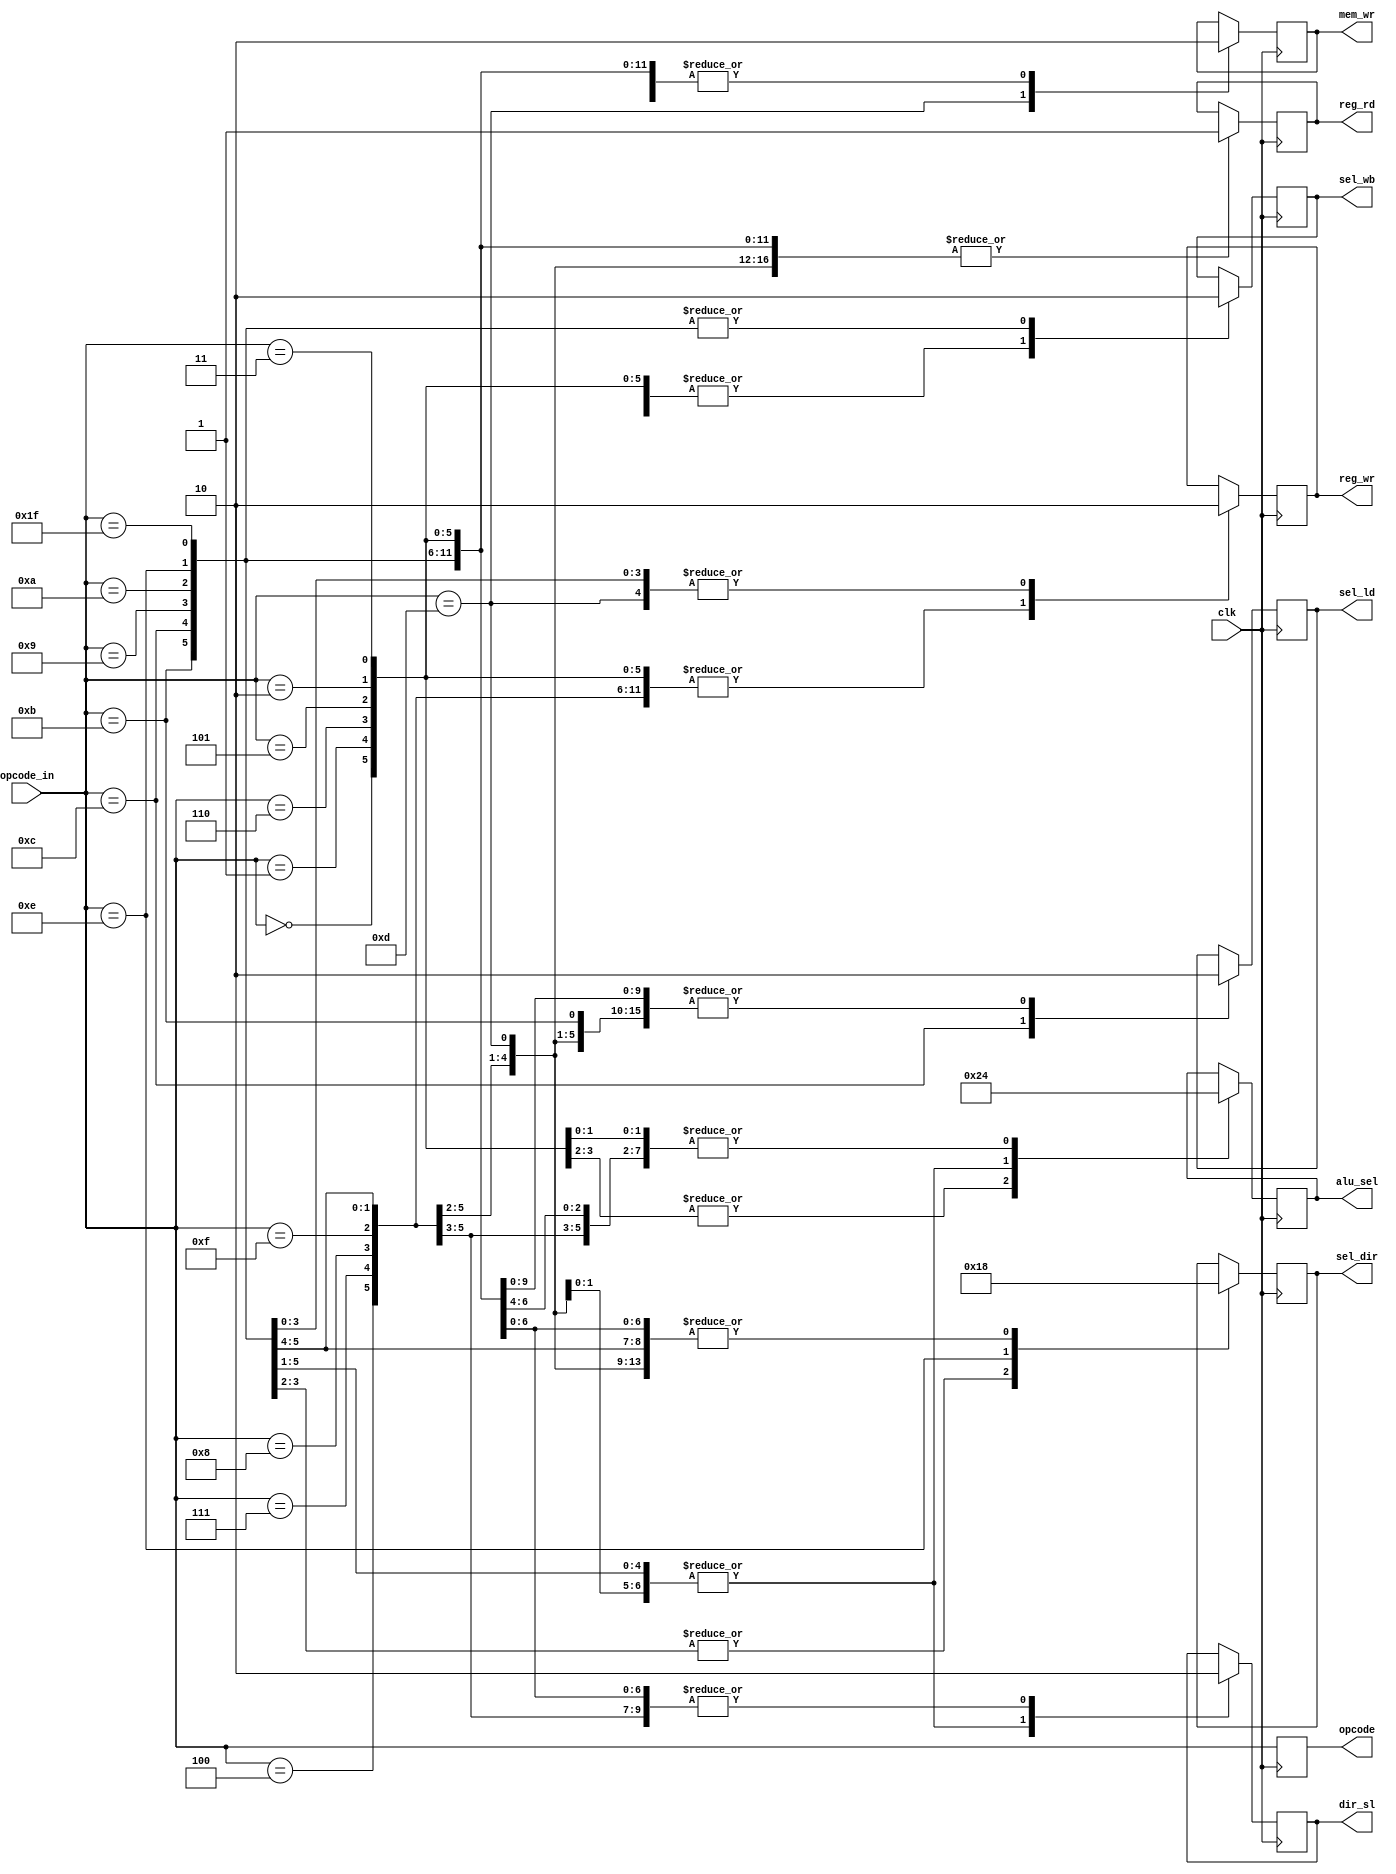
module control (clk,opcode_in,
					 sel_dir,//FETCH
					 reg_rd, //DECODE
					 alu_sel,dir_sl,opcode, //EXE
					 mem_wr,sel_ld, //MEM
					 sel_wb,reg_wr //WB
					 ); 

input clk;
input wire [4:0] opcode_in;
output reg [1:0] sel_dir=0;
output reg reg_rd=0;
output reg [1:0] alu_sel=0;
output reg dir_sl=0;
output reg [4:0] opcode=5'b11111;
output reg mem_wr=0;
output reg sel_ld=0;
output reg sel_wb=0;
output reg reg_wr=0;
					 


parameter ADD= 5'b00000;
parameter SUB=	5'b00001;
parameter SRL=	5'b00110;
parameter SLL=	5'b00101;
parameter AND=	5'b00010;
parameter OR= 	5'b00011;
parameter NOR=	5'b00100;
parameter MULT=5'b00111;
parameter DIV=	5'b01000;
parameter ADDI=5'b01111;
parameter SW=	5'b01101;
parameter LW=	5'b01011;
parameter LB=	5'b01100;
parameter BEQ=	5'b01001;
parameter BNE= 5'b01010;
parameter J=	5'b01110;
parameter NOP=	5'b11111;
			 

always @(posedge clk)
begin
 case (opcode_in)
 
			 ADD: begin
				sel_dir=2'b00;
				reg_rd=1;
				alu_sel=2'b00;
				dir_sl=0;
				mem_wr=0;
				sel_ld=0;
				sel_wb=1;
				reg_wr=1;
				end
			 SUB:begin
				sel_dir=2'b00;
				reg_rd=1;
				alu_sel=2'b00;
				dir_sl=0;
				mem_wr=0;
				sel_ld=0;
				sel_wb=1;
				reg_wr=1;
				end
			 SRL:begin
				sel_dir=2'b00;
				reg_rd=1;
				alu_sel=2'b10;
				dir_sl=0;
				mem_wr=0;
				sel_ld=0;
				sel_wb=1;
				reg_wr=1;
				end
			 SLL:begin
				sel_dir=2'b00;
				reg_rd=1;
				alu_sel=2'b10;
				dir_sl=0;
				mem_wr=0;
				sel_ld=0;
				sel_wb=1;
				reg_wr=1;
				end
			 AND:begin
				sel_dir=2'b00;
				reg_rd=1;
				alu_sel=2'b00;
				dir_sl=0;
				mem_wr=0;
				sel_ld=0;
				sel_wb=1;
				reg_wr=1;
				end
			 OR:begin
				sel_dir=2'b00;
				reg_rd=1;
				alu_sel=2'b00;
				dir_sl=0;
				mem_wr=0;
				sel_ld=0;
				sel_wb=1;
				reg_wr=1;
				end
			 NOR:begin
				sel_dir=2'b00;
				reg_rd=1;
				alu_sel=2'b00;
				dir_sl=0;
				mem_wr=0;
				sel_ld=0;
				sel_wb=1;
				reg_wr=1;
				end
			 MULT:begin
				sel_dir=2'b00;
				reg_rd=1;
				alu_sel=2'b00;
				dir_sl=0;
				mem_wr=0;
				sel_ld=0;
				sel_wb=1;
				reg_wr=1;
				end
			 DIV:begin
				sel_dir=2'b00;
				reg_rd=1;
				alu_sel=2'b00;
				dir_sl=0;
				mem_wr=0;
				sel_ld=0;
				sel_wb=1;
				reg_wr=1;
				end
			 ADDI:begin
				sel_dir=2'b00;
				reg_rd=1;
				alu_sel=2'b01;
				dir_sl=1;
				mem_wr=0;
				sel_ld=0;
				sel_wb=1;
				reg_wr=1;
				end
			 SW:begin
				sel_dir=2'b00;
				reg_rd=1;
				alu_sel=2'b01;
				dir_sl=1;
				mem_wr=1;
				sel_ld=0;
				sel_wb=1;
				reg_wr=0;
				end
			 LW:begin
				sel_dir=2'b00;
				reg_rd=1;
				alu_sel=2'b01;
				dir_sl=1;
				mem_wr=0;
				sel_ld=0;
				sel_wb=0;
				reg_wr=1;
				end
			 LB:begin
				sel_dir=2'b00;
				reg_rd=1;
				alu_sel=2'b01;
				dir_sl=1;
				mem_wr=0;
				sel_ld=1;
				sel_wb=0;
				reg_wr=1;
				end
			 BEQ:begin
				sel_dir=2'b01;
				reg_rd=1;
				alu_sel=2'b01;
				dir_sl=1;
				mem_wr=0;
				sel_ld=0;
				sel_wb=0;
				reg_wr=0;
				end
			 BNE:begin
				sel_dir=2'b01;
				reg_rd=1;
				alu_sel=2'b01;
				dir_sl=1;
				mem_wr=0;
				sel_ld=0;
				sel_wb=0;
				reg_wr=0;
				end
			 J:begin
				sel_dir=2'b10;
				reg_rd=1;
				alu_sel=2'b01;
				dir_sl=1;
				mem_wr=0;
				sel_ld=0;
				sel_wb=0;
				reg_wr=0;
				end
			 NOP:begin
				sel_dir=2'b00;
				reg_rd=1;
				alu_sel=2'b00;
				dir_sl=0;
				mem_wr=0;
				sel_ld=0;
				sel_wb=0;
				reg_wr=0;
				end
				endcase
				opcode=opcode_in;

end
endmodule